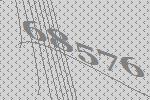
68576